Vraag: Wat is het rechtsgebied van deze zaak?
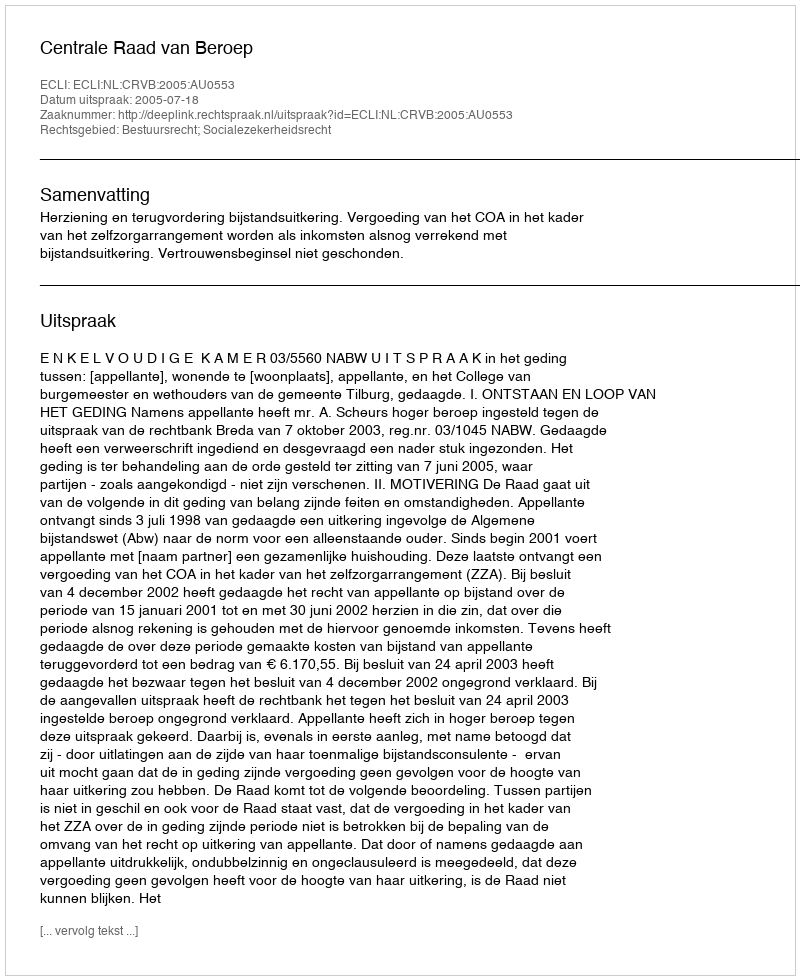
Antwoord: Bestuursrecht; Socialezekerheidsrecht